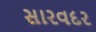
સારવદર